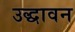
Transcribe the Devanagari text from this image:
उद्धावन